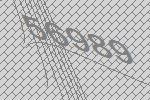
56989